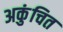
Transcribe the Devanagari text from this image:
अकुंचित